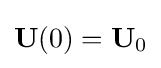
\mathbf {U} (0)=\mathbf {U} _{0}